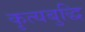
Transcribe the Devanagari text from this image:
कृत्यबुद्धि